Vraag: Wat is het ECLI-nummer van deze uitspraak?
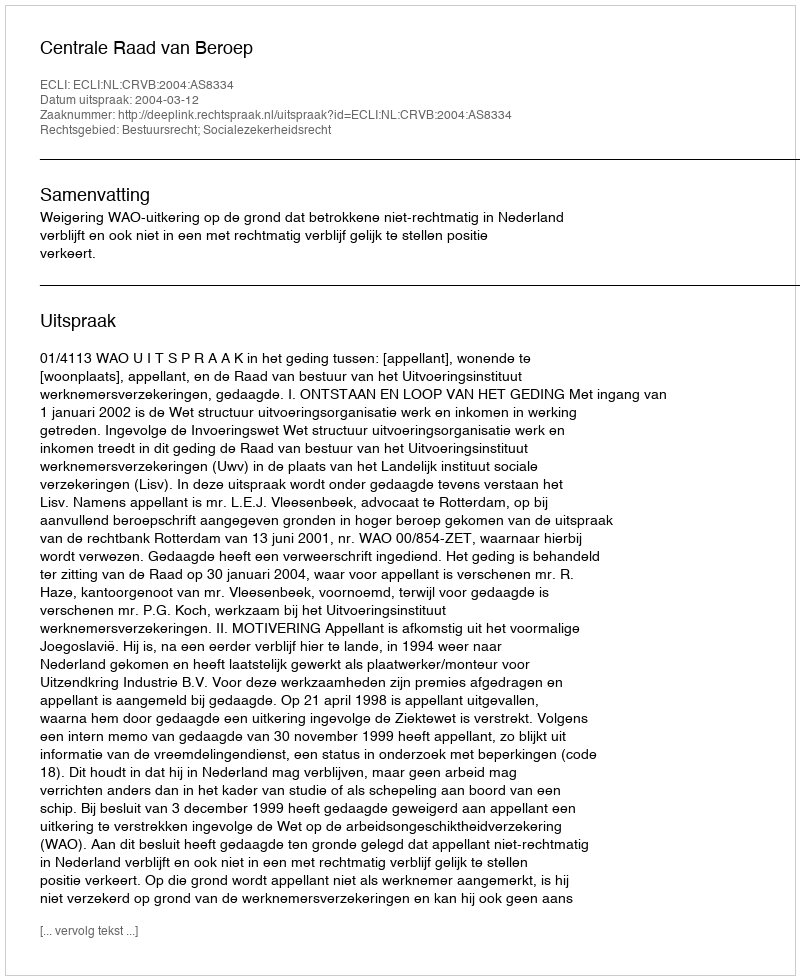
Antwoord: ECLI:NL:CRVB:2004:AS8334